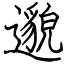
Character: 邈